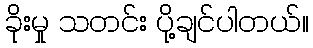
ခိုးမှု သတင်း ပို့ချင်ပါတယ်။